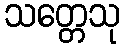
သတ္တေသု